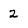
Character: 2